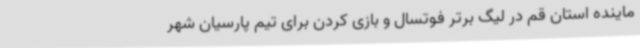
ماینده استان قم در لیگ برتر فوتسال و بازی کردن برای تیم پارسیان شهر